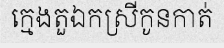
ក្មេងតួឯកស្រីកូនកាត់